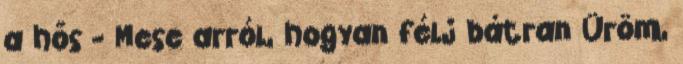
a hős - Mese arról, hogyan félj bátran Üröm,